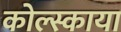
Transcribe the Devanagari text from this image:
कोल्स्काया